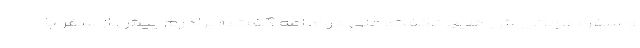
و سفر طولانی‌اش هیچ نگفت. علی در ادامه گفت: «برادرم پیش از سفر با